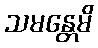
သမန္တေမိ